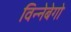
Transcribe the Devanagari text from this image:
विन्नेबेगो